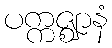
ပက္ကဇ္ဈာနံ